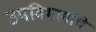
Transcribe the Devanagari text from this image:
उपविभागांचे